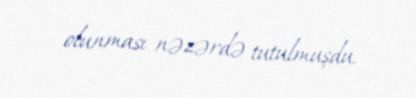
olunması nəzərdə tutulmuşdu.